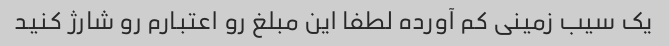
یک سیب زمینی کم آورده لطفا این مبلغ رو اعتبارم رو شارژ کنید